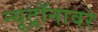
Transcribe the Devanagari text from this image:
न्यूट्रॉनावर